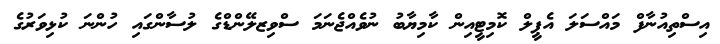
އިސްތިއުނާފް މައްސަލަ އެޕީލް ކޮމިޓީއިން ކާމިޔާބު ނުވެއްޖެނަމަ ސްވިޒލޭންޑްގެ ލުސާންގައި ހުންނަ ކުޅިވަރުގެ